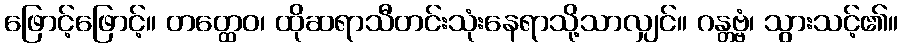
ဖြောင့်ဖြောင့်။ တတ္ထေဝ၊ ထိုဆရာသီတင်းသုံးနေရာသို့သာလျှင်။ ဂန္တဗ္ဗံ၊ သွားသင့်၏။